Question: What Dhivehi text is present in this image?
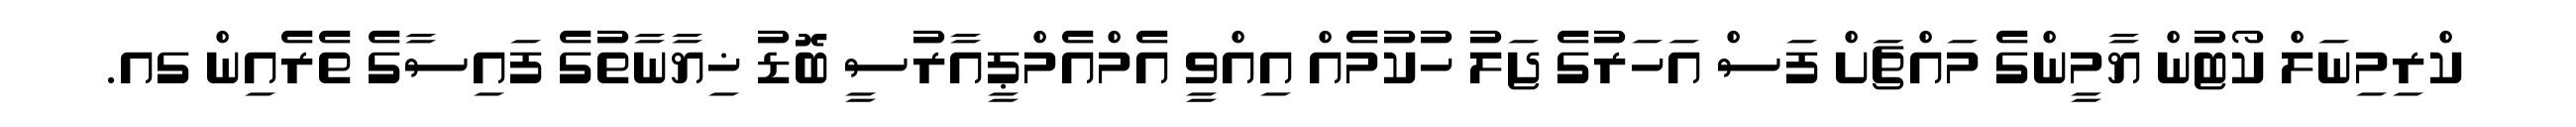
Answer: ކްރިމިނަލް ކޯޓުން ޔާމީންގެ މައްޗަށް ފަސް އަހަރުގެ ޖަލު ހުކުމެއް އިއްވީ އެމްއެމްޕީއާރުސީ ބޮޑު ޚިޔާނާތުގެ ފައިސާގެ ތެރެއިން ގއ.